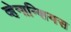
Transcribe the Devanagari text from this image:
व्हेनान्शियस